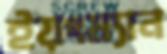
ইয়ংম্যান